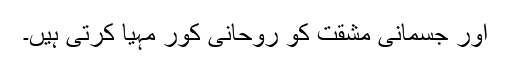
اور جسمانی مشقت کو روحانی کور مہیا کرتی ہیں۔